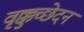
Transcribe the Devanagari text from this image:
वृक्कुच्छेदन